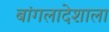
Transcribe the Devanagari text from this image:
बांगलादेशाला